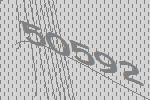
50592